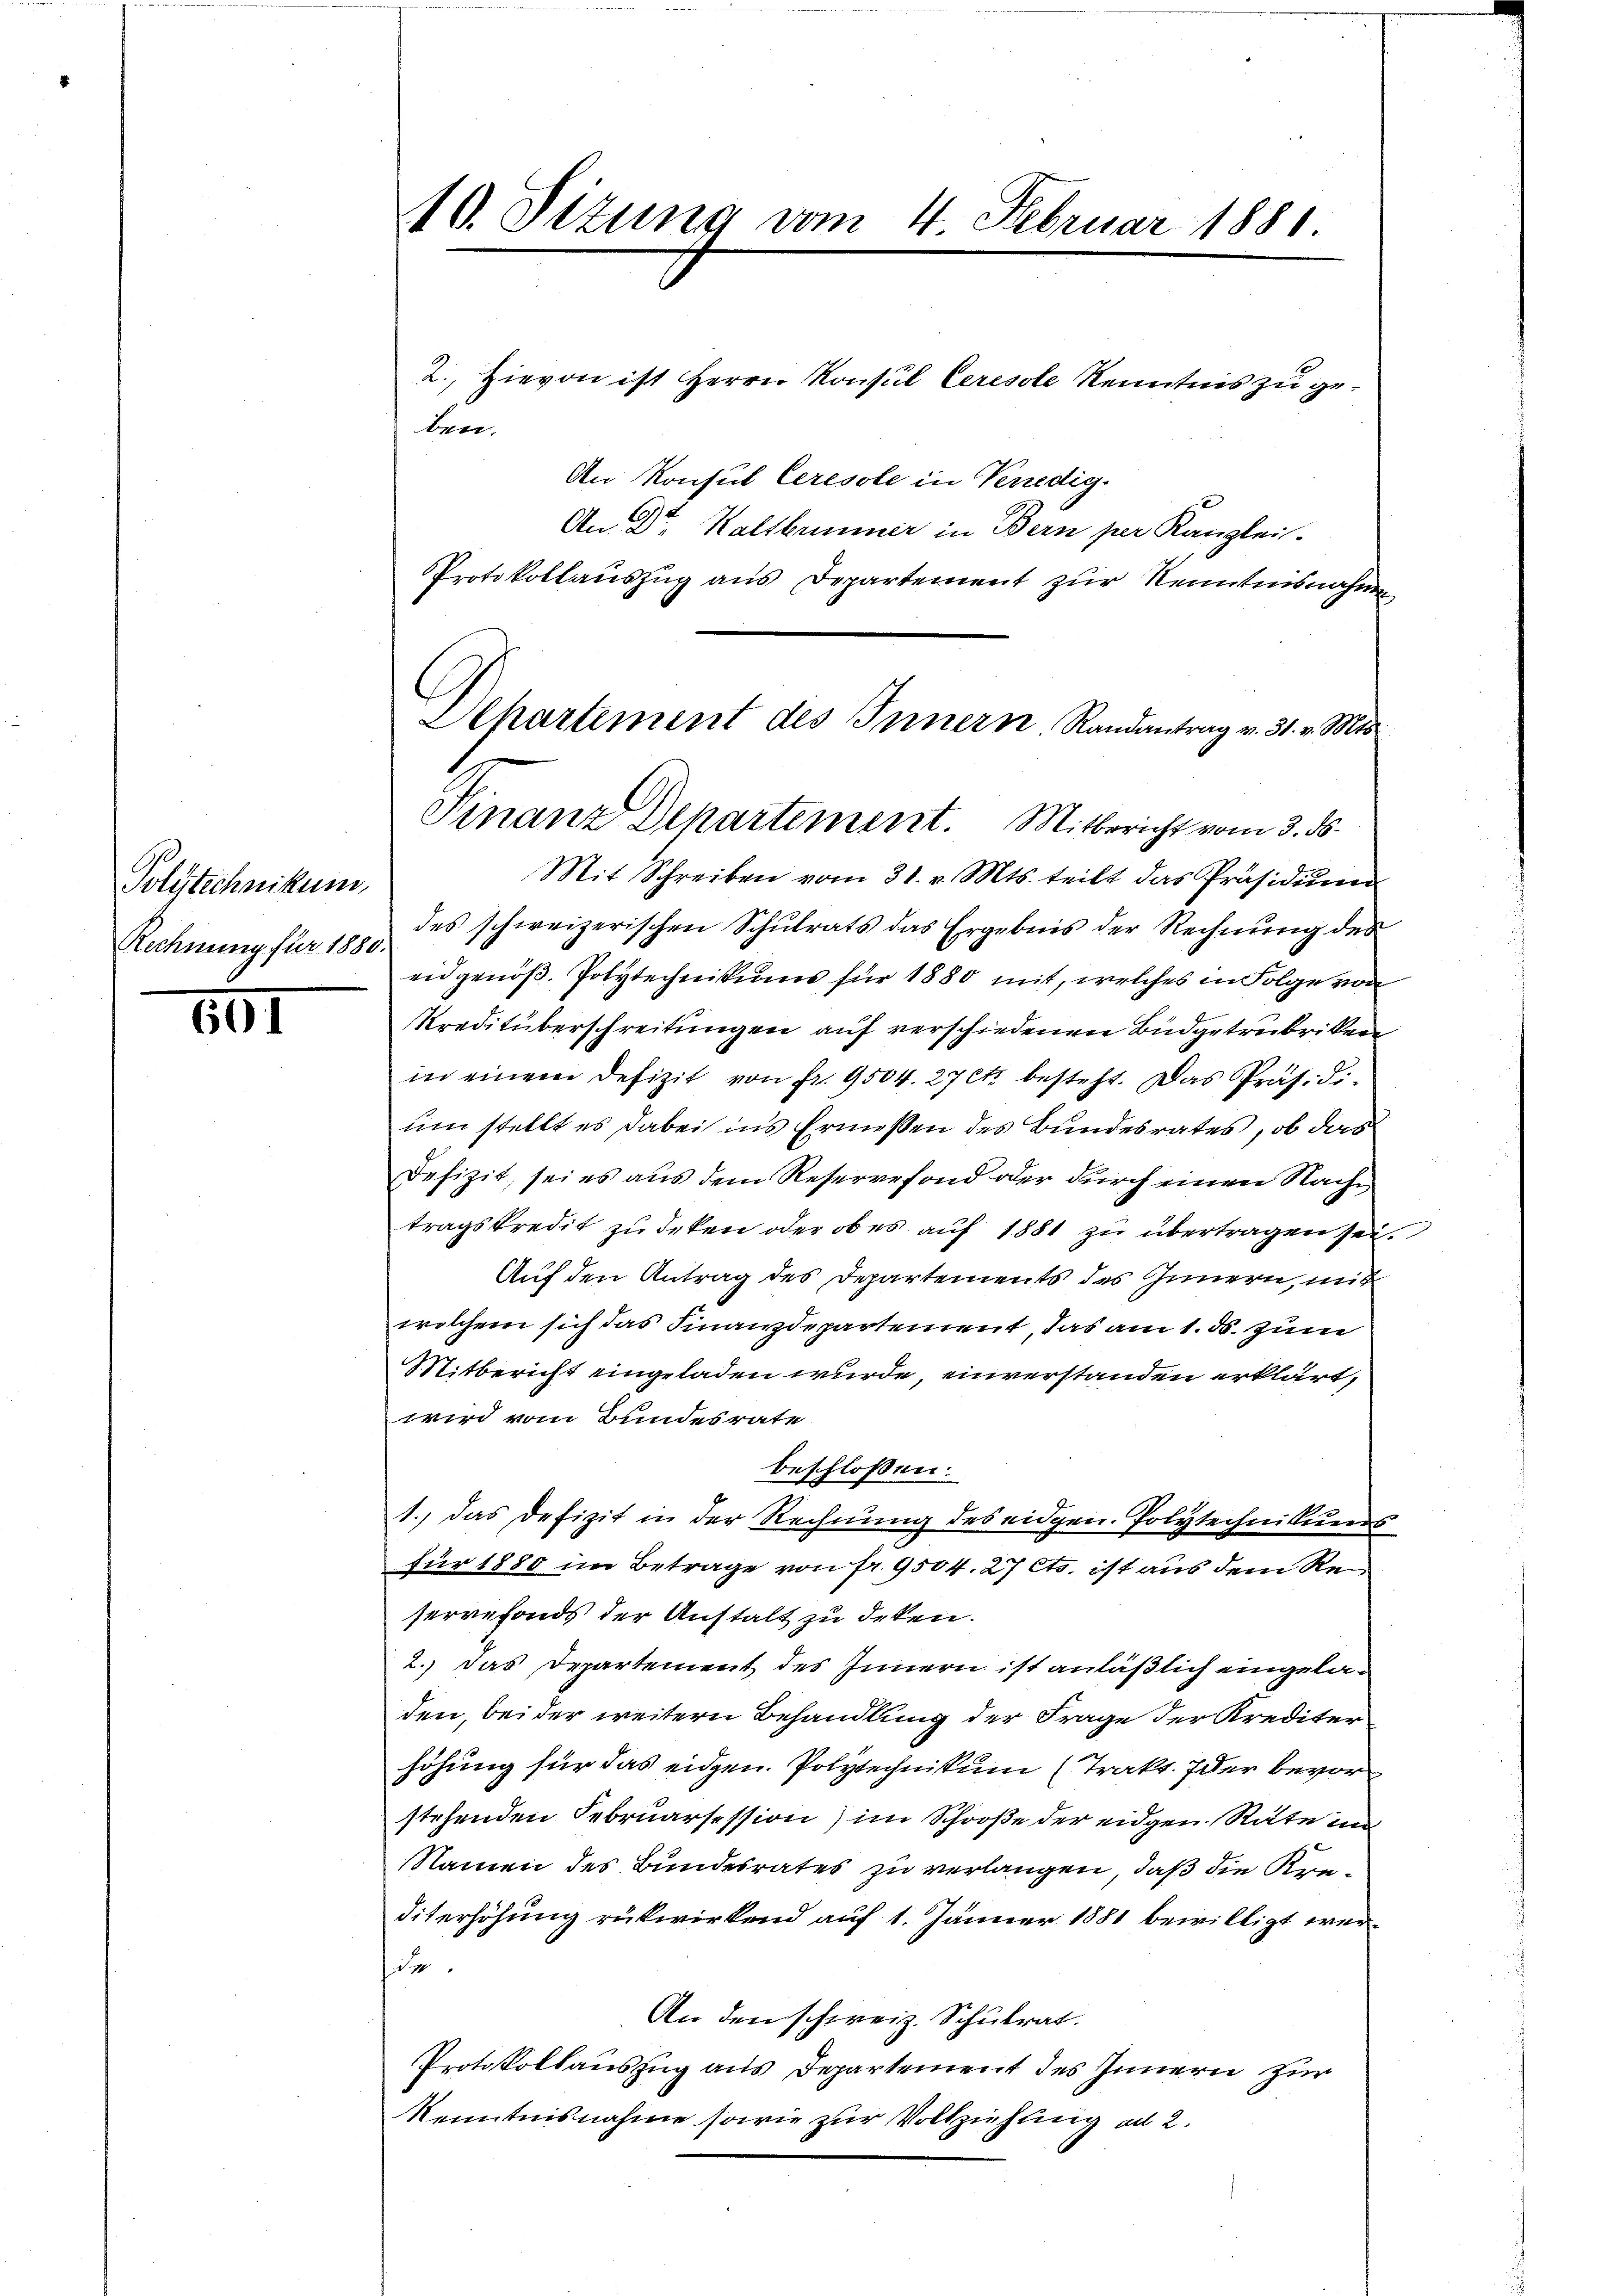
Polytechnikum,
Rechnung für 1880.

501

10. Sizung vom 4. Februar 1881.

2. Hievon ist Herrn Konsul Ceresole Kenntnis zu ge¬
An Konsul Ceresole in Venedig
An Dr. Haltbrunner in Bern per Kanzlei.
Protokollauszug aus Departement zur Kenntnisnahme

ben.

Alhartement des Innern. Randantrag v. 31. v. Mts.
Finanz Departement. Mitbericht vom 3. ds.

Mit Schreiben vom 31. v. Mts. teilt das Präsidŭm
des schweizerischen Schulrats das Ergebnis der Rechnung des
eidgenöß. Polytechnitions für 1880 mit, welches in Folge von
Kreditüberschreitungen auf verschiedenen Budgetrubriken
in einem Defizit von fr. 9504. 27 et besteht. Das Präs. Sium stellt es dabei ins Ermessen des Bundesrates, ob das
Defizit, sei es aus dem Reservefond oder durch einen Nachtragskredit zu deken oder ob es auf 1881 zu übertragen sei.
Auf den Antrag des Departements des Innern, mit
welchem sich das Finanzdepartement, das am 1. ds. zum
Mitbericht eingeladen wurde, einverstanden erklärt,
wird vom Bundesrate
beschlossen:
1., das Defizit in der Rechnung des eidgen. Polytechnikueers
für 1880 im Betrage von fr. 9504. 27 Cts. ist aus dem Reservefonds der Anstalt zu deken.
2.) Das Departement des Innern ist anläßlich eingeladen, bei der weitern Behandlung der Frage der Krediter
höhung für das eidgen. Polytechnikum (Trakt. der bevor
stehenden Februarsession) im Schooße der eidgen. Räte in
Namen des Bundesrates zu verlangen, daß die Kre¬
Diterhöhung rükwirkend auf 1. Jänner 1881 bewilligt wersite.
An den schweiz. Schulrat.
Protokollauszug aus Departement des Innern zur
Kenntnisnahme sowie zur Vollziehung ad 2.
¬